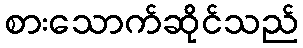
စားသောက်ဆိုင်သည်